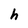
Character: h